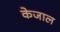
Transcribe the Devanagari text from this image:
केजाल